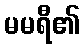
မမရီ၏